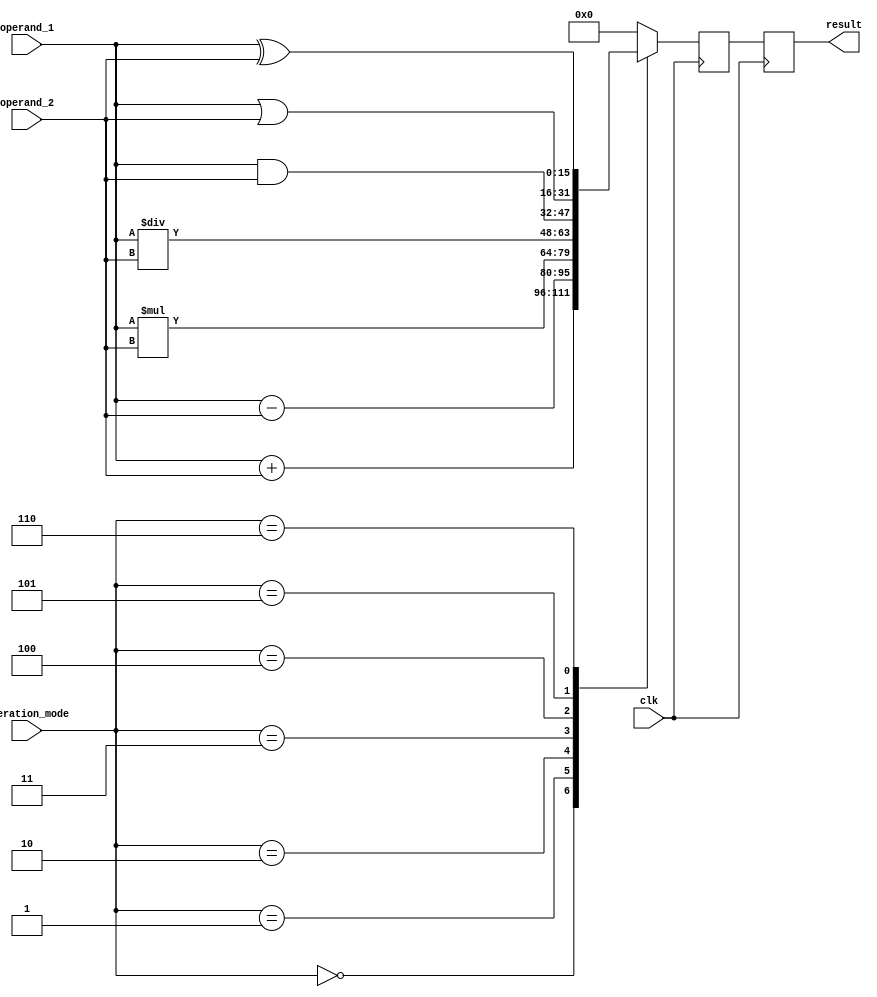
module ALU_16bit (
    input [15:0] operand_1,
    input [15:0] operand_2,
    input [2:0] operation_mode,
    input clk,
    output reg [15:0] result
);

reg [15:0] temp_result;

always @(posedge clk) begin
    case(operation_mode)
        3'b000: temp_result = operand_1 + operand_2; // Addition
        3'b001: temp_result = operand_1 - operand_2; // Subtraction
        3'b010: temp_result = operand_1 * operand_2; // Multiplication
        3'b011: temp_result = operand_1 / operand_2; // Division
        3'b100: temp_result = operand_1 & operand_2; // AND
        3'b101: temp_result = operand_1 | operand_2; // OR
        3'b110: temp_result = operand_1 ^ operand_2; // XOR
        default: temp_result = 16'b0;
    endcase
end

always @(posedge clk) begin
    result <= temp_result;
end

endmodule